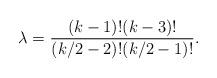
LaTeX: \begin{align*}\lambda = \frac{(k-1)!(k-3)!}{(k/2-2)!(k/2-1)!}.\end{align*}